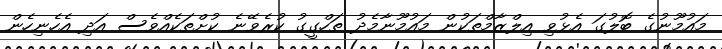
މައުމޫނުގެ ބޮލުގަ އެޅުވި އިލްޒާމްތަކުން މައުމޫނާމެދު ތަހްގީގު ކުރެވޭނެ ކުށްތަކެއްވެސް އަދި އެހެނިހެން